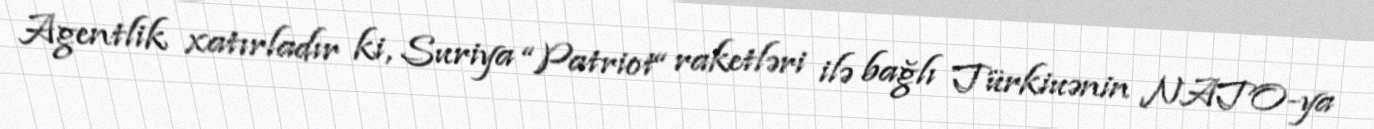
Agentlik xatırladır ki, Suriya “Patriot“ raketləri ilə bağlı Türkiuənin NATO-ya